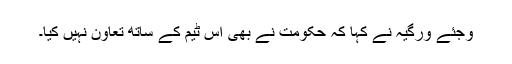
وجئے ورگیہ نے کہا کہ حکومت نے بھی اس ٹیم کے ساتھ تعاون نہیں کیا۔